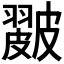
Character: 𥀘